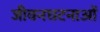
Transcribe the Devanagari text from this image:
जीवनघटनाओं